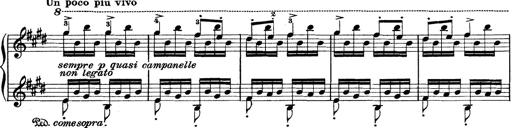
Title: Rapsodie: 19 ungheresi, 1 spagnuola
Composer: Franz Liszt